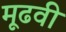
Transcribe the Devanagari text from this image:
मूढवी